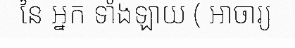
នៃ អ្នក ទាំងឡាយ ( អាចារ្យ